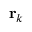
{ \bf r } _ { k }